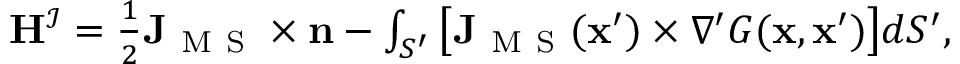
\begin{array} { r } { \mathbf { H } ^ { \mathcal { I } } = \frac { 1 } { 2 } \mathbf { J } _ { \mathrm { ~ M ~ S ~ } } \times \mathbf { n } - \int _ { S ^ { \prime } } \big [ \mathbf { J } _ { \mathrm { ~ M ~ S ~ } } ( \mathbf { x } ^ { \prime } ) \times \nabla ^ { \prime } G ( \mathbf { x } , \mathbf { x } ^ { \prime } ) \big ] d S ^ { \prime } , } \end{array}